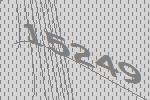
15249